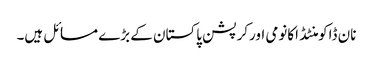
نان ڈاکومنٹڈ اکانومی اورکرپشن پاکستان کے بڑے مسائل ہیں۔